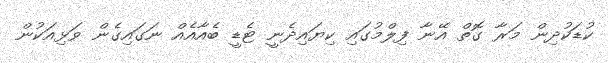
ކުޑަކުދިން މަރާ ގޮތް އޭނާ ފިލްމުގައި ކިޔައިދެނީ ޓެޑީ ބެއާއެއް ނަގައިގެން ވަޅިއަކުން